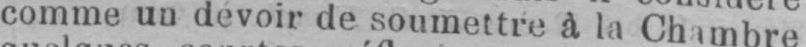
comme un devoir de soumettre à la Chambre